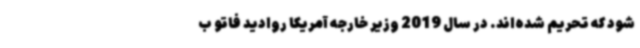
شود که تحریم شده‌اند. در سال 2019 وزیر خارجه آمریکا روادید فاتو ب